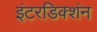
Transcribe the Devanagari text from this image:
इंटरडिक्शंन